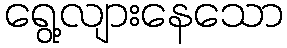
ရွေ့လျားနေသော